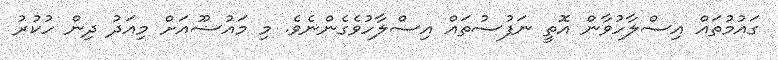
ގައުމުތައް އިސްލާހުވާން އޮތީ ނަފުސުތައް އިސްލާހުވެގެންނެވެ. މި މައުޟޫއަށް މިއަދު ދިން ހުކުރު